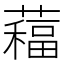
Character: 𦿁